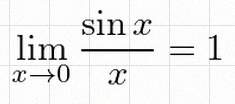
\lim_{x\to0}\frac{\sin x}{x}=1